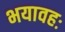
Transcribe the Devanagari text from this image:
भयावहः